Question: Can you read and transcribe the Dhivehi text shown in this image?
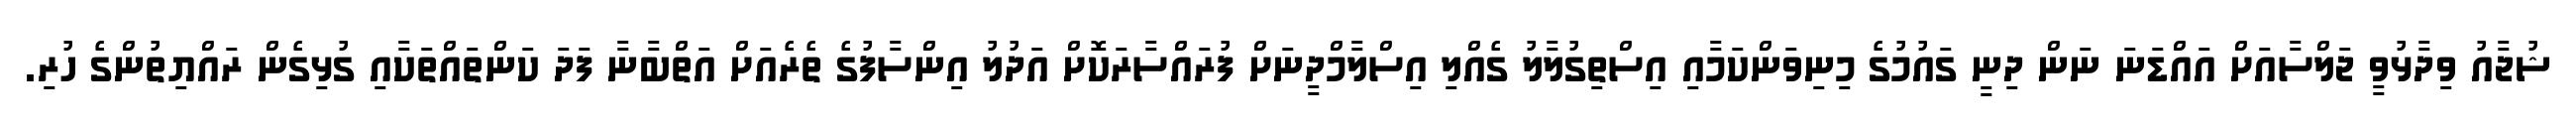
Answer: ޝުޖާއު ވިދާޅުވީ ޖަލްސާއަށް އައްޑަނަ ނަން ދިނީ ގައުމުގެ މިނިވަންކަމާއި އިސްތިގުލާލު ގެއްލި އިސްލާމްދީނަށް ފުރައްސާރަކޮށް އަދުލު އިންސާފުގެ ތެރެއަށް އަތްބާނާ ފަދަ ކަންތައްތަކާއި ގުޅިގެން ރައްޔިތުންގެ ހުރި.